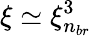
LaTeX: \xi\simeq\xi_{n_{br}}^{3}